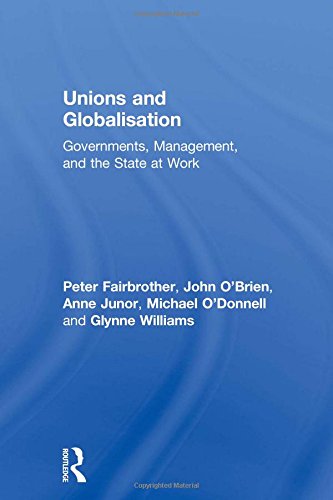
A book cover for Unions and Globalisation: Governments, Management, and the State at Work (Routledge Studies in Employment and Work Relations in Context); Peter Fairbrother; Business & Money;